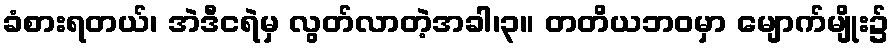
ခံစားရတယ်၊ အဲဒီငရဲမှ လွတ်လာတဲ့အခါ၊၃။ တတိယဘဝမှာ မျောက်မျိုး၌